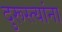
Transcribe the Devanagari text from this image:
दुरूस्त्यांना